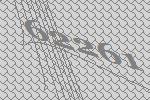
62261